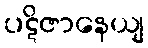
ပဋိဇာနေယျ